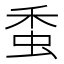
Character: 𧉷